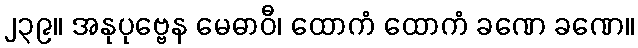
၂၃၉။ အနုပုဗ္ဗေန မေဓာဝီ၊ ထောကံ ထောကံ ခဏေ ခဏေ။